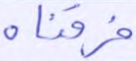
فرقناه